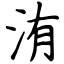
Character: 洧